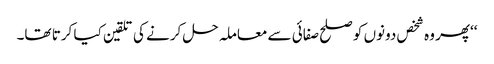
‘‘پھر وہ شخص دونوں کو صلح صفائی سے معاملہ حل کرنے کی تلقین کیا کرتا تھا۔